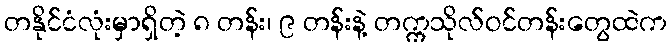
တနိုင်ငံလုံးမှာရှိတဲ့ ၈ တန်း၊ ၉ တန်းနဲ့ တက္ကသိုလ်ဝင်တန်းတွေထဲက